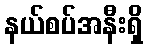
နယ်စပ်အနီးရှိ